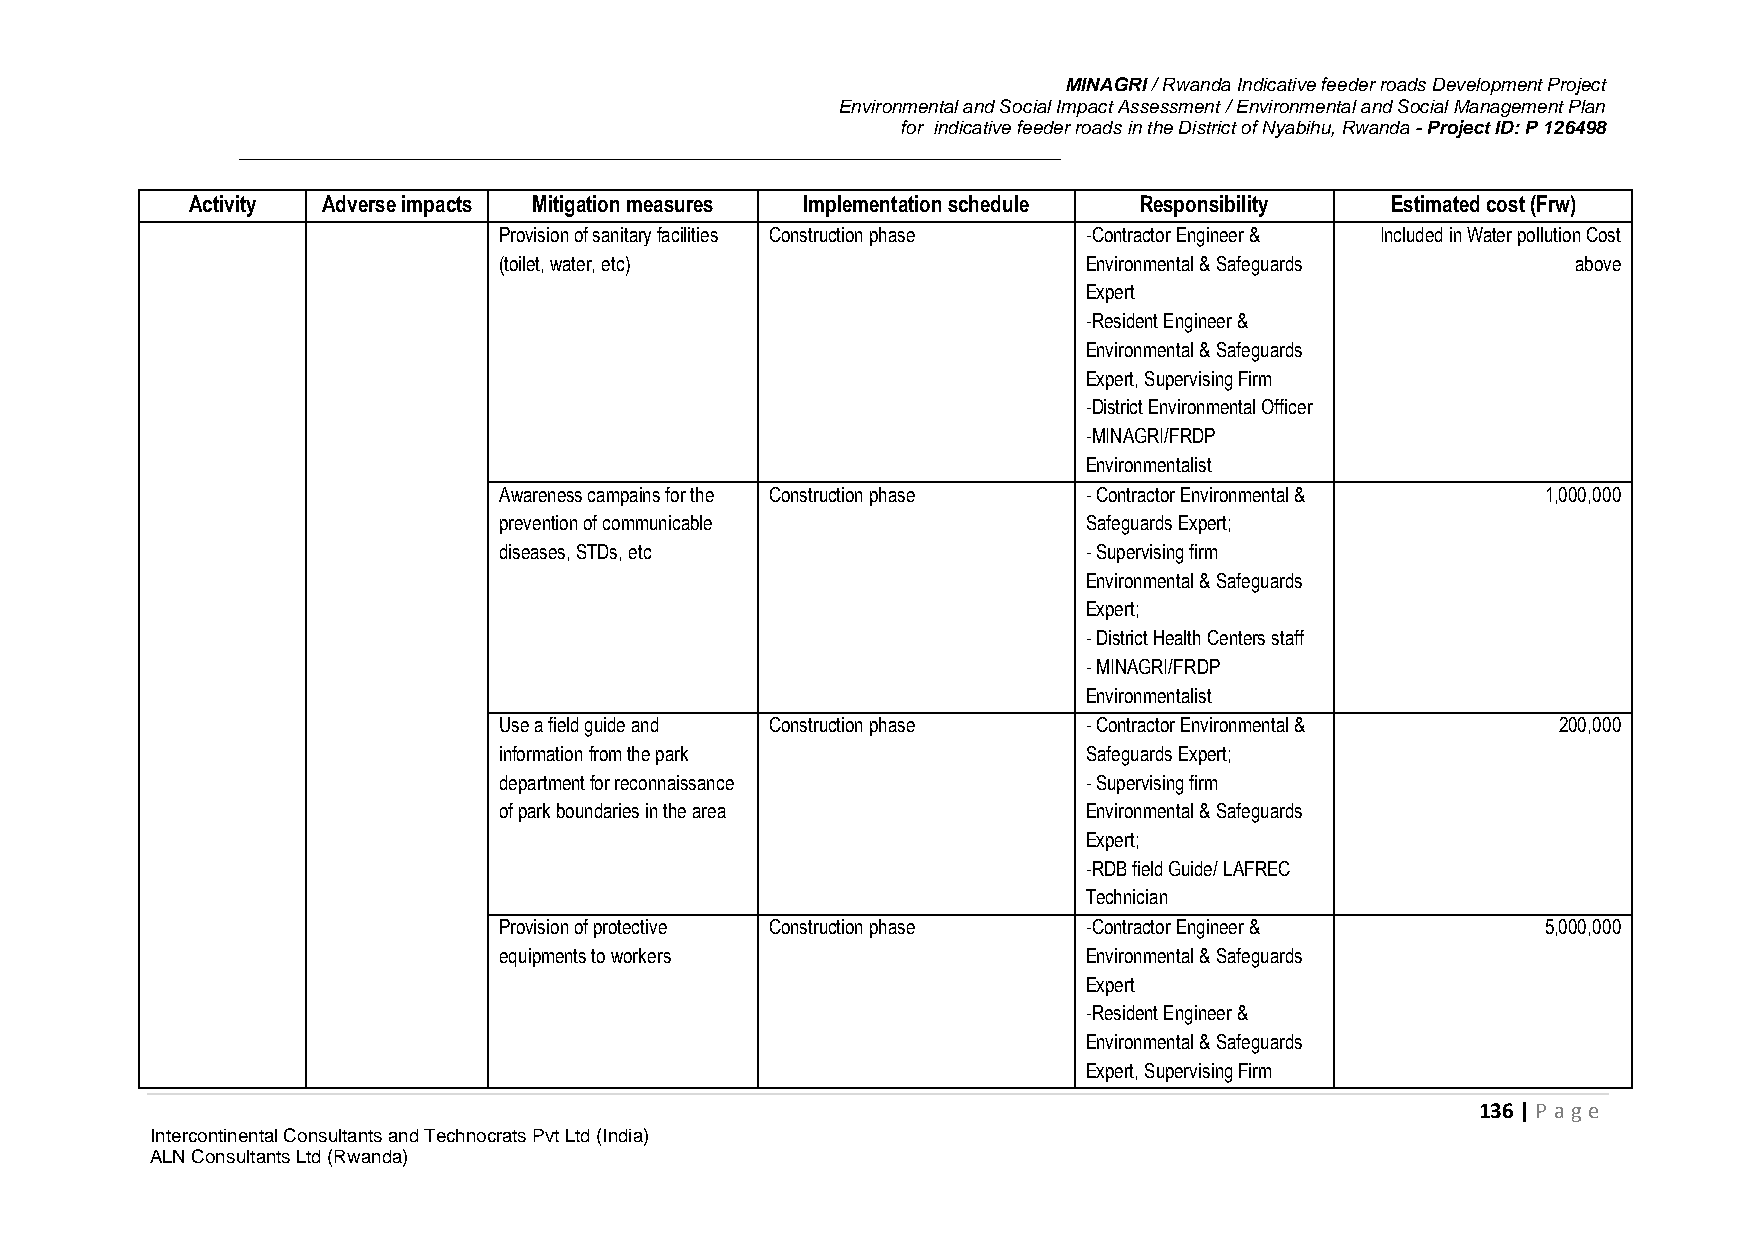
MINAGRI / Rwanda Indicative feeder roads Development Project
 Environmental and Social Impact Assessment / Environmental and Social Management Plan
 for indicative feeder roads in the District of Nyabihu, Rwanda - Project ID: P 126498
 Activity Adverse impacts Mitigation measures Implementation schedule Responsibility Estimated cost (Frw)
 Provision of sanitary facilities Construction phase -Contractor Engineer & Included in Water pollution Cost
 (toilet, water, etc)                   Environmental & Safeguards      above
 Expert
 -Resident Engineer &
 Environmental & Safeguards
 Expert, Supervising Firm
 -District Environmental Officer
 -MINAGRI/FRDP
 Environmentalist
 Awareness campains for the Construction phase - Contractor Environmental & 1,000,000
 prevention of communicable             Safeguards Expert;
 diseases, STDs, etc                    - Supervising firm
 Environmental & Safeguards
 Expert;
 - District Health Centers staff
 - MINAGRI/FRDP
 Environmentalist
 Use a field guide and Construction phase - Contractor Environmental & 200,000
 information from the park              Safeguards Expert;
 department for reconnaissance          - Supervising firm
 of park boundaries in the area         Environmental & Safeguards
 Expert;
 -RDB field Guide/ LAFREC
 Technician
 Provision of protective Construction phase -Contractor Engineer &    5,000,000
 equipments to workers                  Environmental & Safeguards
 Expert
 -Resident Engineer &
 Environmental & Safeguards
 Expert, Supervising Firm
 136 | P age
 Intercontinental Consultants and Technocrats Pvt Ltd (India)
 ALN Consultants Ltd (Rwanda)